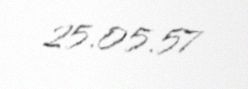
25.05.57